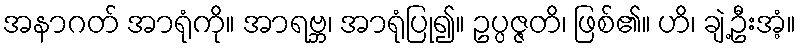
အနာဂတ် အာရုံကို။ အာရဗ္ဘ၊ အာရုံပြု၍။ ဥပ္ပဇ္ဇတိ၊ ဖြစ်၏။ ဟိ၊ ချဲ့ဦးအံ့။